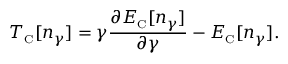
T _ { \scriptscriptstyle \mathrm { C } } [ n _ { \gamma } ] = \gamma \frac { \partial E _ { \scriptscriptstyle \mathrm { C } } [ n _ { \gamma } ] } { \partial \gamma } - E _ { \scriptscriptstyle \mathrm { C } } [ n _ { \gamma } ] .